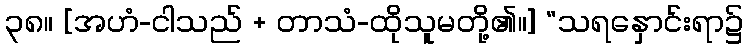
၃၈။ [အဟံ-ငါသည် + တာသံ-ထိုသူမတို့၏။] “သရနှောင်းရာ၌